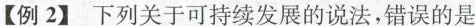
【例2】下列关于可持续发展的说法，错误的是